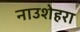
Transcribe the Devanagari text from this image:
नाउशेहरा